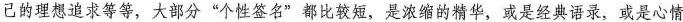
己的理想追求等等，大部分”个性签名”都比较短，是浓缩的精华，或是经典语录，或是心情